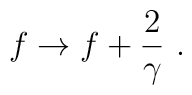
f\rightarrow f+\frac{2}{\gamma}~.